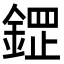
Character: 𮢟